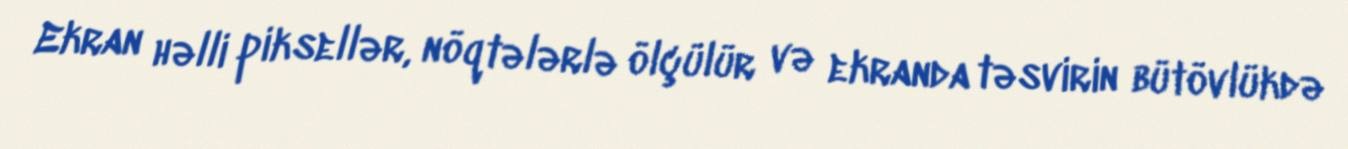
Ekran həlli piksellər, nöqtələrlə ölçülür və ekranda təsvirin bütövlükdə